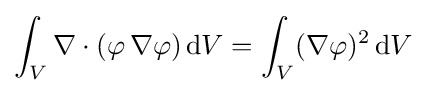
\int _{V}\mathbf {\nabla } \cdot (\varphi \,\mathbf {\nabla } \varphi )\,\mathrm {d} V=\int _{V}(\mathbf {\nabla } \varphi )^{2}\,\mathrm {d} V